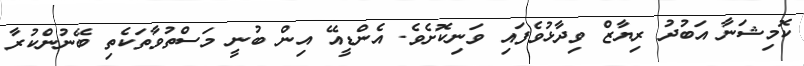
ކޮމިޝަނާ އަބުދު ރިޔާޒް ވިދާޅުވެފައި ވަނިކޮށެވެ. އެންޑީއޭ އިން ބުނީ މަސްތުވާތަކެތި ބޭނުންކުރާ